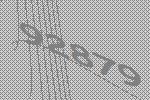
92879